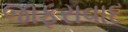
જાફરાવાદ